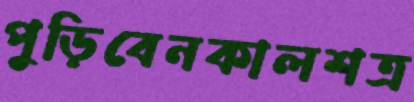
পুড়িবেনকালশত্র